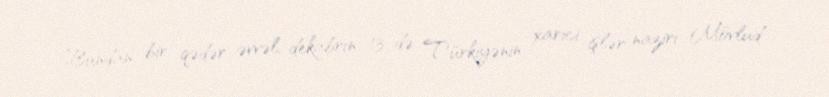
Bundan bir qədər əvvəl, dekabrın 13-də Türkiyənin xarici işlər naziri Mövlud